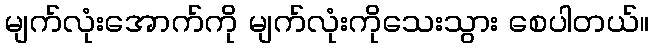
မျက်လုံးအောက်ကို မျက်လုံးကိုသေးသွား စေပါတယ်။